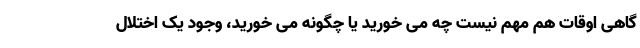
گاهی اوقات هم مهم نیست چه می خورید یا چگونه می خورید، وجود یک اختلال